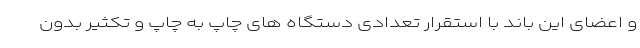
و اعضای این باند با استقرار تعدادی دستگاه های چاپ به چاپ و تکثیر بدون